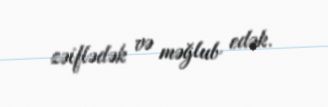
zəiflədək və məğlub edək.